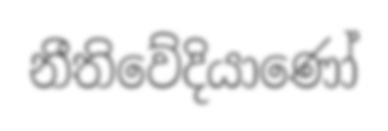
නීතිවේදියාණෝ